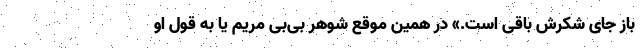
باز جای شکرش باقی است.» در همین موقع شوهر بی‌بی مریم یا به قول او